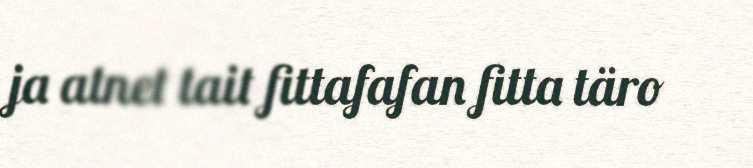
ja atnet tait fittafafan fitta täro